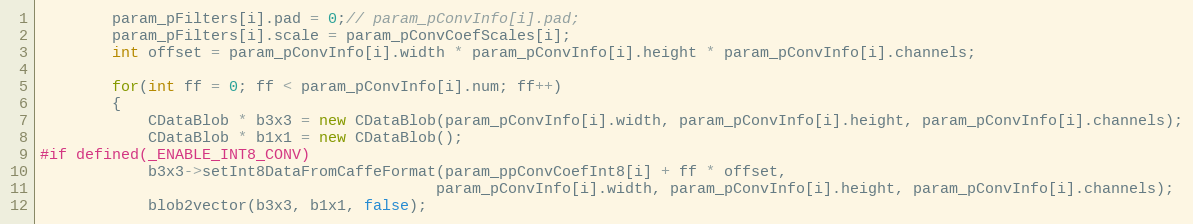
Language: C++
        param_pFilters[i].pad = 0;// param_pConvInfo[i].pad;
        param_pFilters[i].scale = param_pConvCoefScales[i];
        int offset = param_pConvInfo[i].width * param_pConvInfo[i].height * param_pConvInfo[i].channels;

        for(int ff = 0; ff < param_pConvInfo[i].num; ff++)
        {
            CDataBlob * b3x3 = new CDataBlob(param_pConvInfo[i].width, param_pConvInfo[i].height, param_pConvInfo[i].channels);
            CDataBlob * b1x1 = new CDataBlob();
#if defined(_ENABLE_INT8_CONV)
            b3x3->setInt8DataFromCaffeFormat(param_ppConvCoefInt8[i] + ff * offset,
                                            param_pConvInfo[i].width, param_pConvInfo[i].height, param_pConvInfo[i].channels);
            blob2vector(b3x3, b1x1, false);